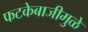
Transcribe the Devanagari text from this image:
फटकेबाजीमुळे